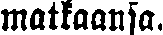
matkaansa.